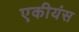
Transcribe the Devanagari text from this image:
एकीयंस